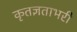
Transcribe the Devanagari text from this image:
कृतज्ञताभरी